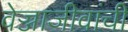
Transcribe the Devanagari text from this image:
वेज्जाजीवांची